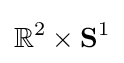
\mathbb {R} ^{2}\times {\textbf {S}}^{1}